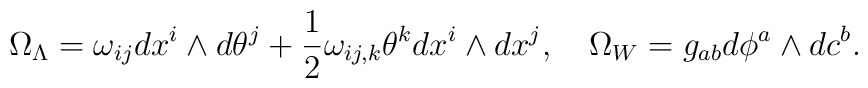
\Omega_{\Lambda}= \omega_{ij}dx^{i}\wedge d\theta^{j} +\frac 12\omega_{ij,k}\theta^k dx^{i}\wedge dx^{j},\quad\Omega_{W}=g_{ab}d\phi^{a}\wedge dc^{b} .